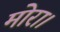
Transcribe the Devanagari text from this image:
मोरा।